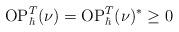
LaTeX: \begin{align*}\mathrm{OP}_{\hbar}^{T}(\nu)=\mathrm{OP}_{\hbar}^{T}(\nu)^{\ast}\geq0\end{align*}